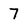
Character: 7